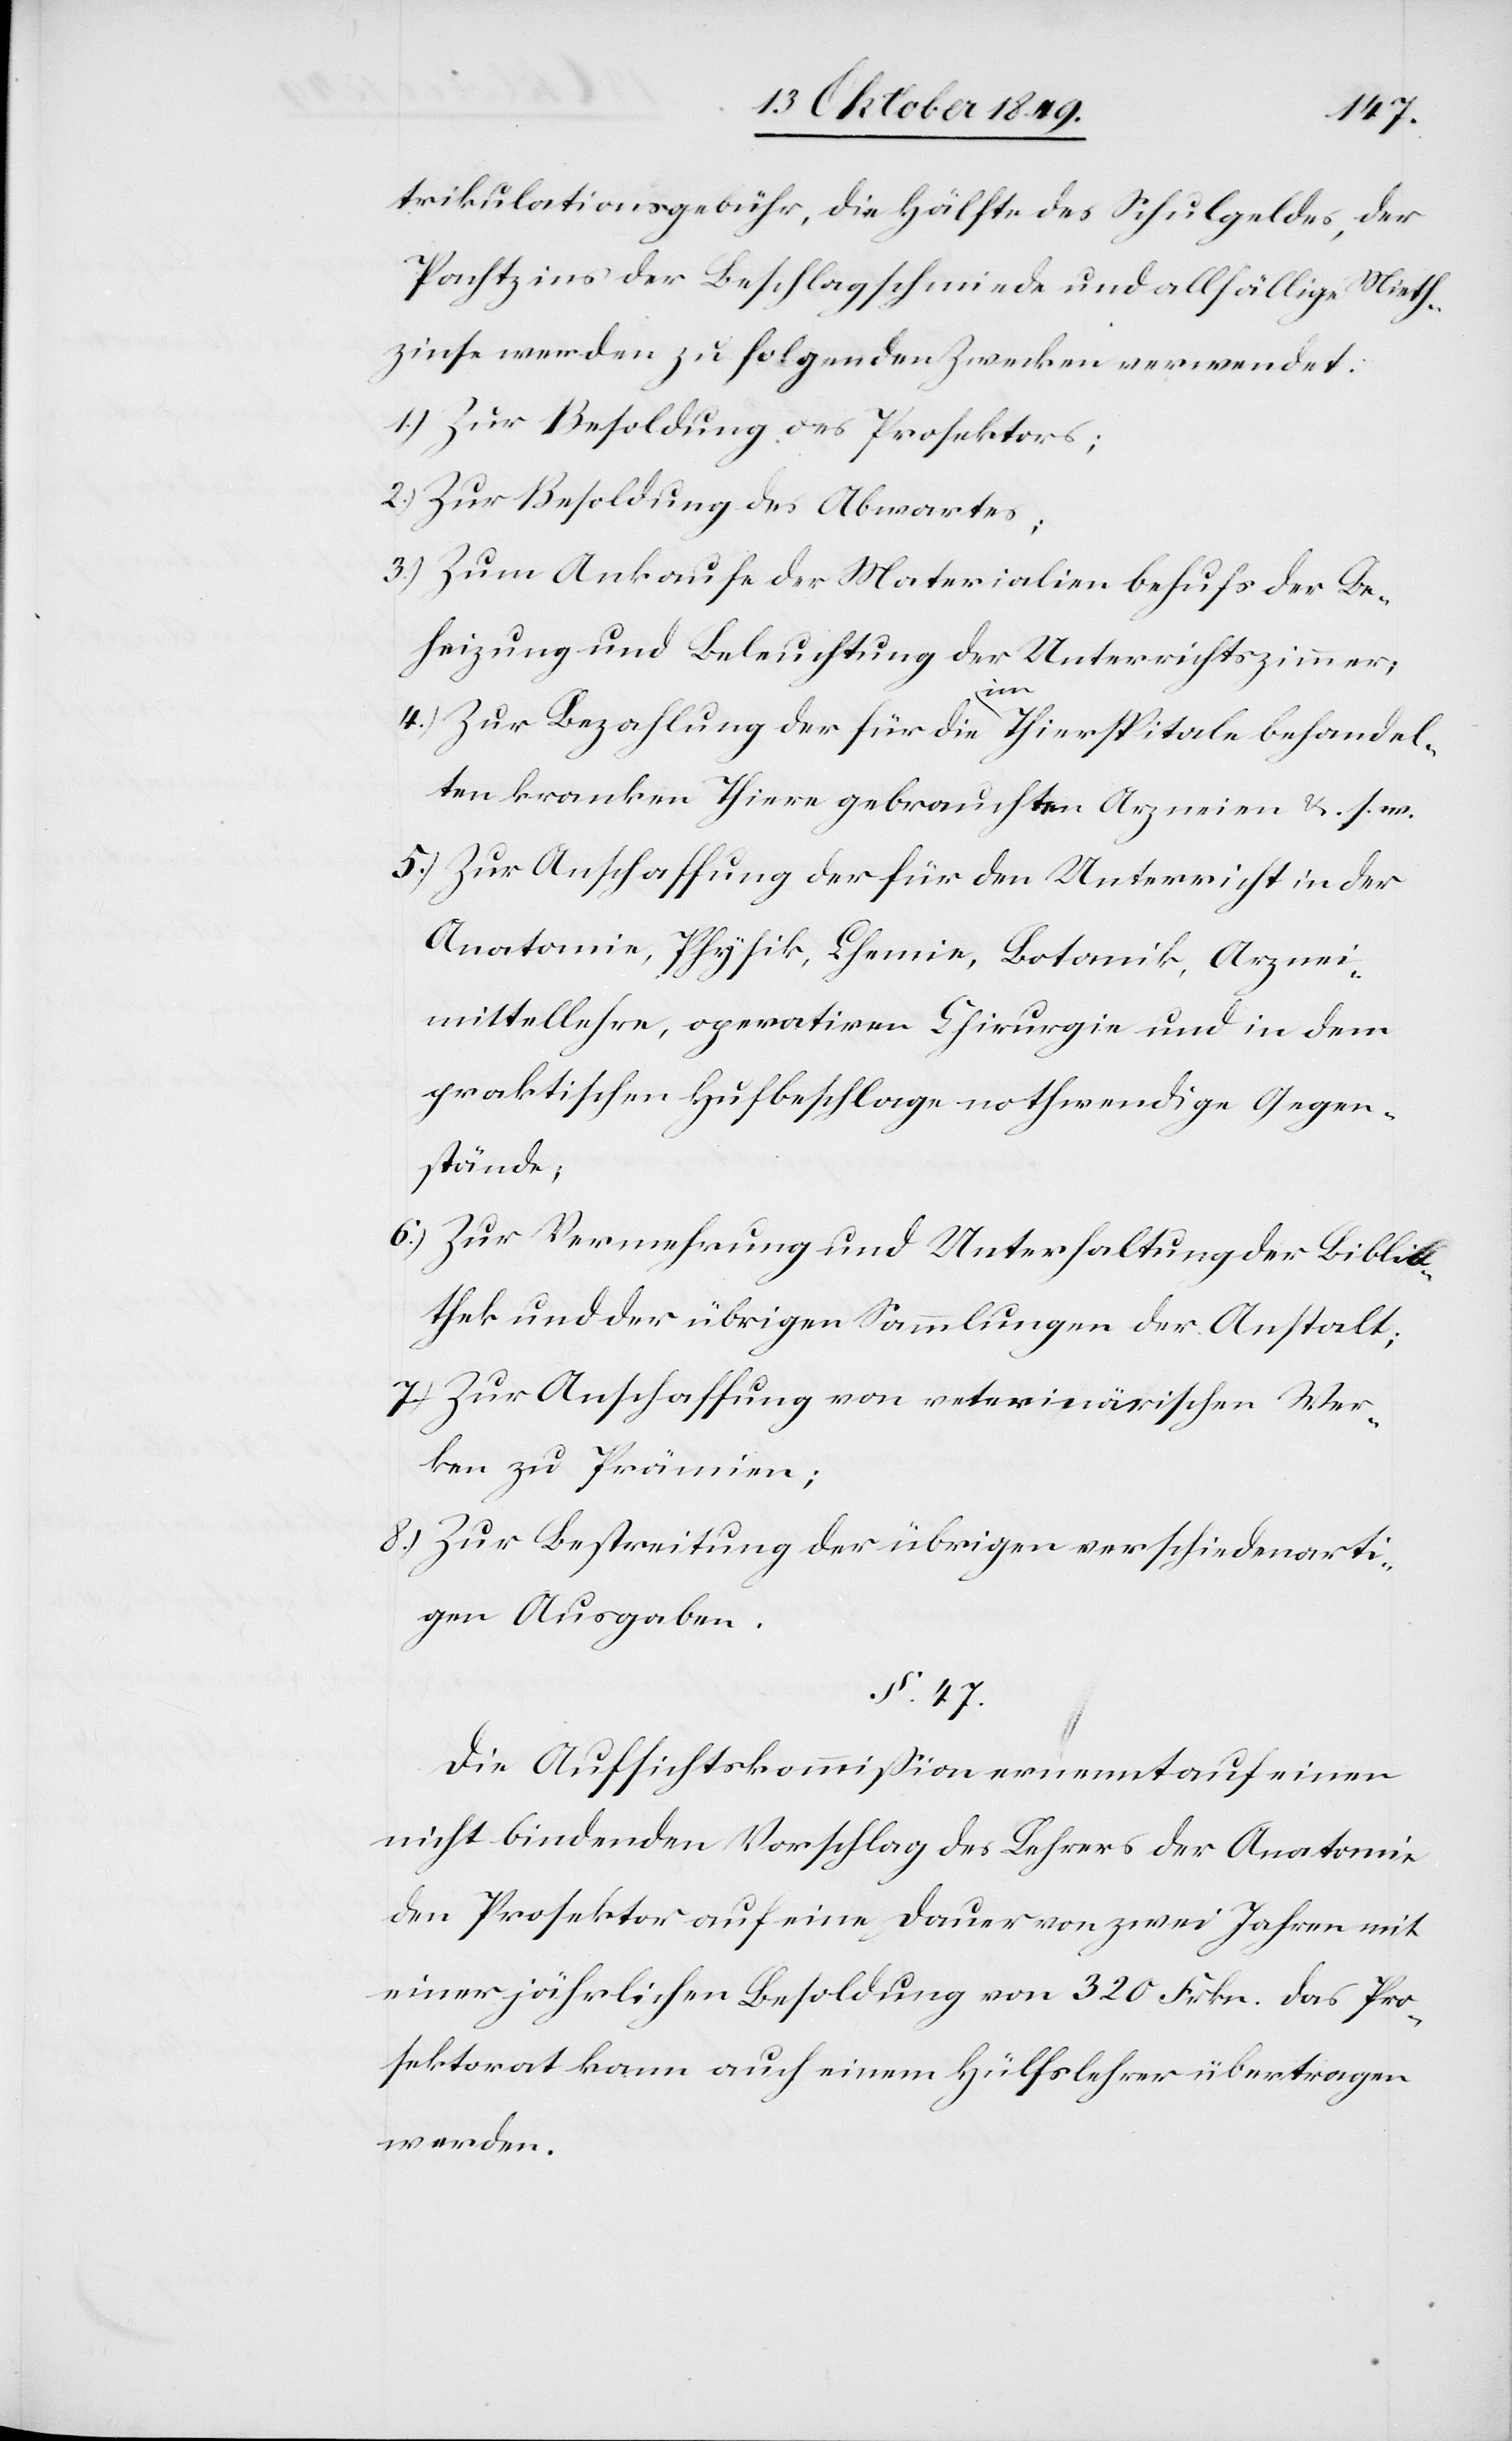
trikulationsgebühr, die Hälfte des Schulgeldes, der
Pachtzins der Beschlagschmiede und allfällige Mieth¬
zinse werden zu folgenden Zwecken verwendet:
1.) Zur Besoldung des Prosektors;
2.) Zur Besoldung des Abwartes;
3.) Zum Ankaufe der Materialien behufs der Be¬
heizung und Beleuchtung der Unterrichtszimmer;
4.) Zur Bezahlung der für die im Thierspitale behandel¬
ten kranken Thiere gebrauchten Arzneien u. s. w.
5.) Zur Anschaffung der für den Unterricht in der
Anatomie, Physik, Chemie, Botanik, Arznei¬
mittellehre, operativen Chirurgie und in dem
praktischen Hufbeschlage nothwendige Gegen¬
stände;
6.) Zur Vermehrung und Unterhaltung der Biblio¬
thek und der übrigen Sammlungen der Anstalt;
7.) Zur Anschaffung von veterinärischen Wer¬
ken zu Prämien;
8.) Zur Bestreitung der übrigen verschiedenarti¬
gen Ausgaben.
§. 47.
Die Aufsichtskommißion ernennt auf einen
nicht bindenden Vorschlag des Lehrers der Anatomie
den Prosektor auf eine Dauer von zwei Jahren mit
einer jährlichen Besoldung von 320 Frkn. Das Pro¬
sektorat kann auch einem Hülfslehrer übertragen
werden.